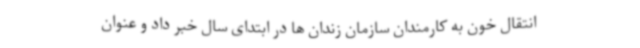
انتقال خون به کارمندان سازمان زندان ها در ابتدای سال خبر داد و عنوان